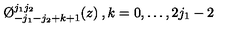
\O _ { - j _ { 1 } - j _ { 2 } + k + 1 } ^ { j _ { 1 } j _ { 2 } } ( z ) \: , k = 0 , \dots , 2 j _ { 1 } - 2